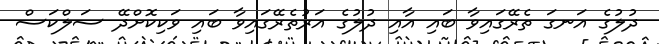
ދުލުގެ އަނގަ ތެރޭގައިވާ ބައި އާއި ދުލުގެ އަރުތެރޭގައިވާ ބައި ވަކިކޮށްދޭ ސަލްކަސް